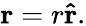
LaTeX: \mathbf{r}=r\mathbf{\hat{r}}.